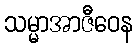
သမ္မာအာဇီဝေန